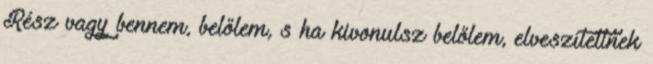
Rész vagy bennem, belőlem, s ha kivonulsz belőlem, elveszítettnek